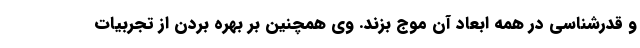
و قدرشناسی در همه ابعاد آن موج بزند. وی همچنین بر بهره بردن از تجربیات